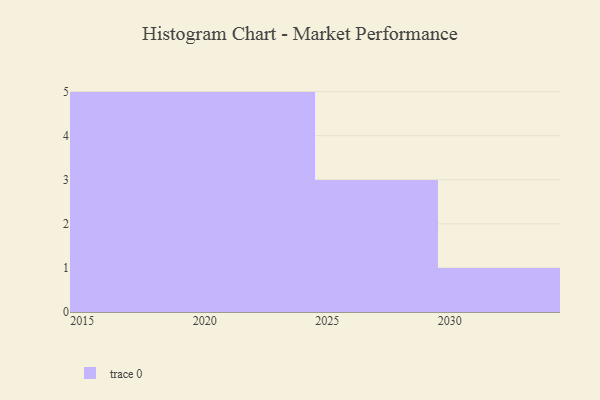
{"axis": {"x": "Year", "y": "Headcount"}, "legend": [""], "data": [{"x": "2019", "y": 31, "type": ""}, {"x": "2020", "y": 9, "type": ""}, {"x": "2016", "y": 75, "type": ""}, {"x": "2015", "y": 26, "type": ""}, {"x": "2027", "y": 19, "type": ""}, {"x": "2024", "y": 36, "type": ""}, {"x": "2021", "y": 57, "type": ""}, {"x": "2029", "y": 52, "type": ""}, {"x": "2030", "y": 88, "type": ""}, {"x": "2023", "y": 14, "type": ""}, {"x": "2028", "y": 46, "type": ""}, {"x": "2017", "y": 60, "type": ""}, {"x": "2022", "y": 9, "type": ""}, {"x": "2018", "y": 76, "type": ""}]}